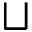
\sqcup